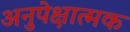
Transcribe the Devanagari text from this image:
अनुपेक्षात्मक